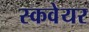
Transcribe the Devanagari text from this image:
स्कवेयर